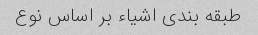
طبقه بندی اشیاء بر اساس نوع